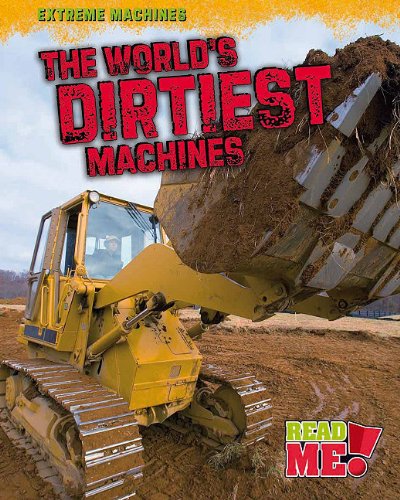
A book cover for The World's Dirtiest Machines (Extreme Machines); Jennifer B Gillis; Children's Books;